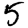
Digit: 5